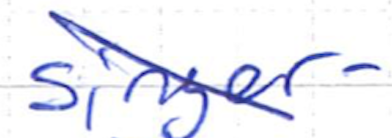
Text: singer-
Cross-out: diagonal
Writing tool: ballpoint